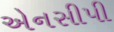
એનસીપી